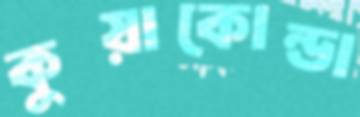
কুয়াকোন্ডা